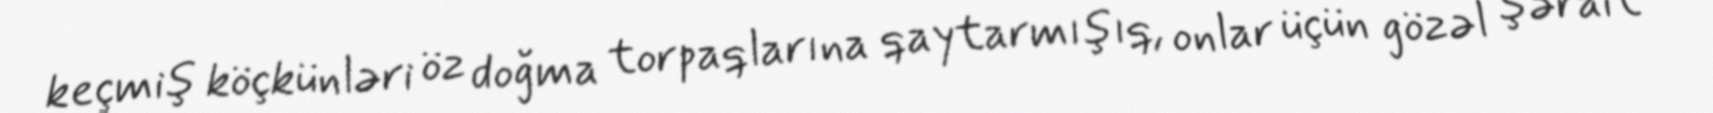
keçmiş köçkünləri öz doğma torpaqlarına qaytarmışıq, onlar üçün gözəl şərait